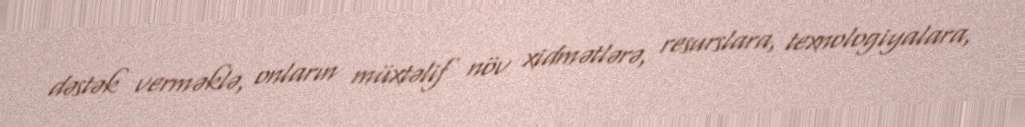
dəstək verməklə, onların müxtəlif növ xidmətlərə, resurslara, texnologiyalara,